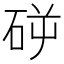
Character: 𥑺